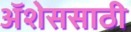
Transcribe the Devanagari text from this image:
ॲशेससाठी